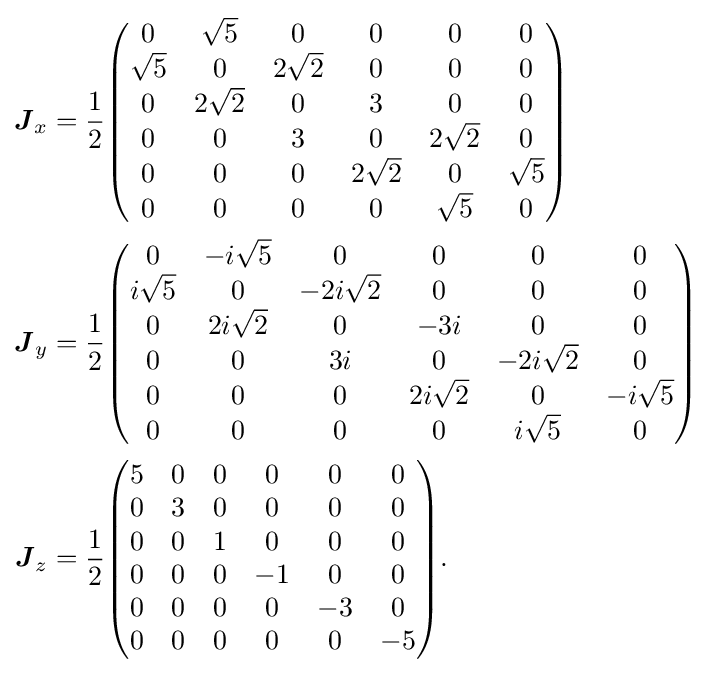
{\begin{aligned}{\boldsymbol {J}}_{x}&={\frac {1}{2}}{\begin{pmatrix}0&{\sqrt {5}}&0&0&0&0\\{\sqrt {5}}&0&2{\sqrt {2}}&0&0&0\\0&2{\sqrt {2}}&0&3&0&0\\0&0&3&0&2{\sqrt {2}}&0\\0&0&0&2{\sqrt {2}}&0&{\sqrt {5}}\\0&0&0&0&{\sqrt {5}}&0\end{pmatrix}}\\{\boldsymbol {J}}_{y}&={\frac {1}{2}}{\begin{pmatrix}0&-i{\sqrt {5}}&0&0&0&0\\i{\sqrt {5}}&0&-2i{\sqrt {2}}&0&0&0\\0&2i{\sqrt {2}}&0&-3i&0&0\\0&0&3i&0&-2i{\sqrt {2}}&0\\0&0&0&2i{\sqrt {2}}&0&-i{\sqrt {5}}\\0&0&0&0&i{\sqrt {5}}&0\end{pmatrix}}\\{\boldsymbol {J}}_{z}&={\frac {1}{2}}{\begin{pmatrix}5&0&0&0&0&0\\0&3&0&0&0&0\\0&0&1&0&0&0\\0&0&0&-1&0&0\\0&0&0&0&-3&0\\0&0&0&0&0&-5\end{pmatrix}}.\end{aligned}}